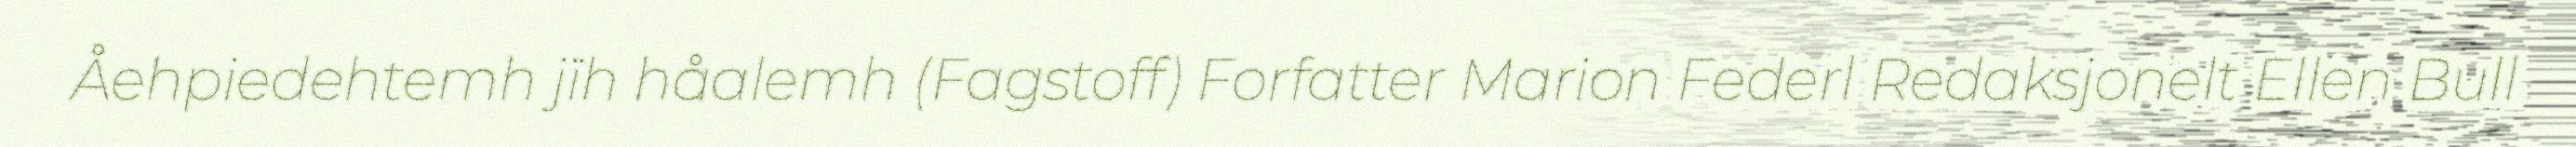
Åehpiedehtemh jïh håalemh (Fagstoff) Forfatter Marion Federl Redaksjonelt Ellen Bull